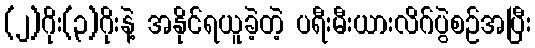
(၂)ဂိုး(၃)ဂိုးနဲ့ အနိုင်ရယူခဲ့တဲ့ ပရီးမီးယားလိဂ်ပွဲစဉ်အပြီး